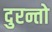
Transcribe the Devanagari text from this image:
दुरन्तो